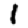
Digit: 1